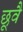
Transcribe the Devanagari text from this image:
छूवै